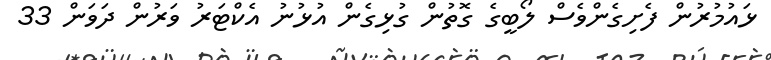
ޅައުމުރުން ފެށިގެންވެސް ލޯބީގެ ގޮތުން ގުޅިގެން އުޅުނު އެކްޓަރު ވަރުން ދަވަން 33